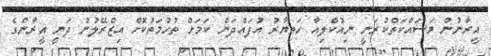
އީރާނުން މަސައްކަތްކުރަނީ ނިއުކްލިއާ ހަތިޔާރު އުފައްދަން ކަމަށް ތުހުމަތުކޮށް އިޒްރޭލުން ދަނީ އީރާންގެ